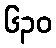
၆၃၀